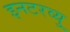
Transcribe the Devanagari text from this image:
इनटरव्यु